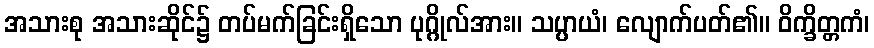
အသားစု အသားဆိုင်၌ တပ်မက်ခြင်းရှိသော ပုဂ္ဂိုလ်အား။ သပ္ပာယံ၊ လျောက်ပတ်၏။ ဝိက္ခိတ္တကံ၊